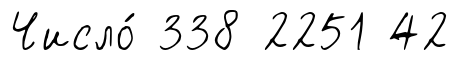
Число́ 338 2251 42